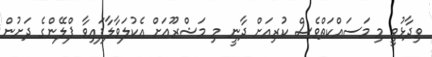
ވިދާޅުވީ މި މަސައްކަތްވެސް ކުރިއަށް ދާނީ މި މަޝްރޫޢަށް އެކުލަވާލާފައިވާ ޕްލޭންގެ ދަށުން